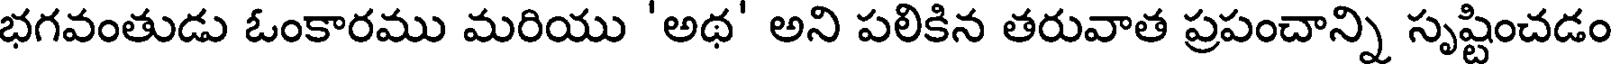
భగవంతుడు ఓంకారము మరియు 'అథ' అని పలికిన తరువాత ప్రపంచాన్ని సృష్టించడం